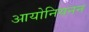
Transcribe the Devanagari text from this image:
आयोनियनन